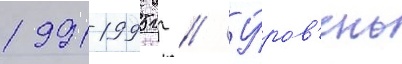
1991-1995 гг // У́ров'ень